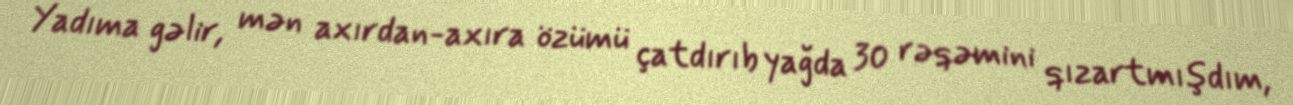
Yadıma gəlir, mən axırdan-axıra özümü çatdırıb yağda 30 rəqəmini qızartmışdım,